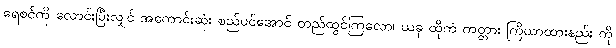
ရေစင်ကို လောင်းပြီးလျှင် အကောင်းဆုံး စည်ပင်အောင် တည်ထွင်ကြလော၊ ယခု ထိုကံ ကတ္တား ကြိယာထားနည်း ကို